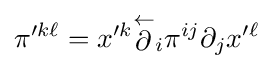
\pi ^{\prime k\ell }=x^{\prime k}{\stackrel {\leftarrow }{\partial }}_{i}\pi ^{ij}\partial _{j}x^{\prime \ell }